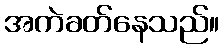
အကဲခတ်နေသည်။